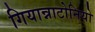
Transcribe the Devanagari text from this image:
गियान्नाटोनियो